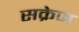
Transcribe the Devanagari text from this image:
सक्रेज